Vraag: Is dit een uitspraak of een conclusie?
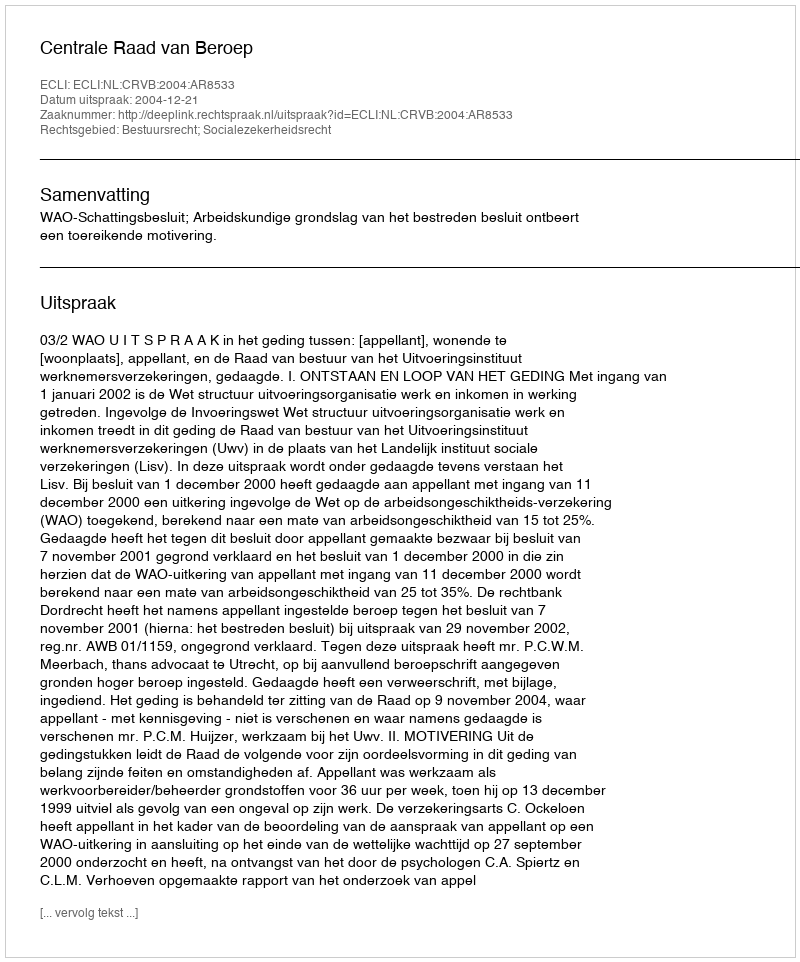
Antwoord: Uitspraak